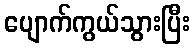
ပျောက်ကွယ်သွားပြီး